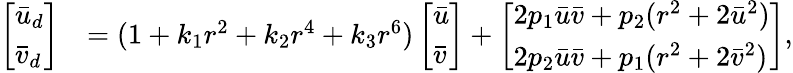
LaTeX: \begin{array}{rl}{\left[\begin{array}{l}{\bar{u}_{d}}\\ {\bar{v}_{d}}\end{array}\right]}&{=(1+k_{1}r^{2}+k_{2}r^{4}+k_{3}r^{6})\left[\begin{array}{l}{\bar{u}}\\ {\bar{v}}\end{array}\right]+\left[\begin{array}{l}{2p_{1}\bar{u}\bar{v}+p_{2}(r^{2}+2\bar{u}^{2})}\\ {2p_{2}\bar{u}\bar{v}+p_{1}(r^{2}+2\bar{v}^{2})}\end{array}\right],}\end{array}